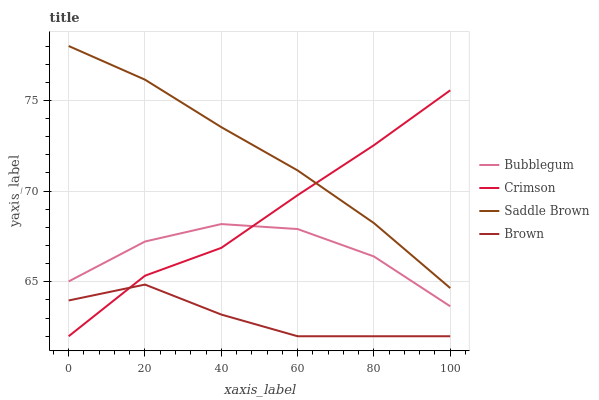
| xaxis_label | Bubblegum | Crimson | Saddle Brown | Brown |
 | --- | --- | --- | --- | --- |
 | 0 | 65 | 62 | 78 | 64 |
 | 20 | 67.2 | 65.3 | 76.1 | 64.8 |
 | 40 | 68.2 | 66.9 | 73.5 | 63.2 |
 | 60 | 67.9 | 69.8 | 71.1 | 62 |
 | 80 | 66.4 | 72.5 | 68.2 | 62 |
 | 100 | 63.7 | 75.6 | 64.7 | 62 |